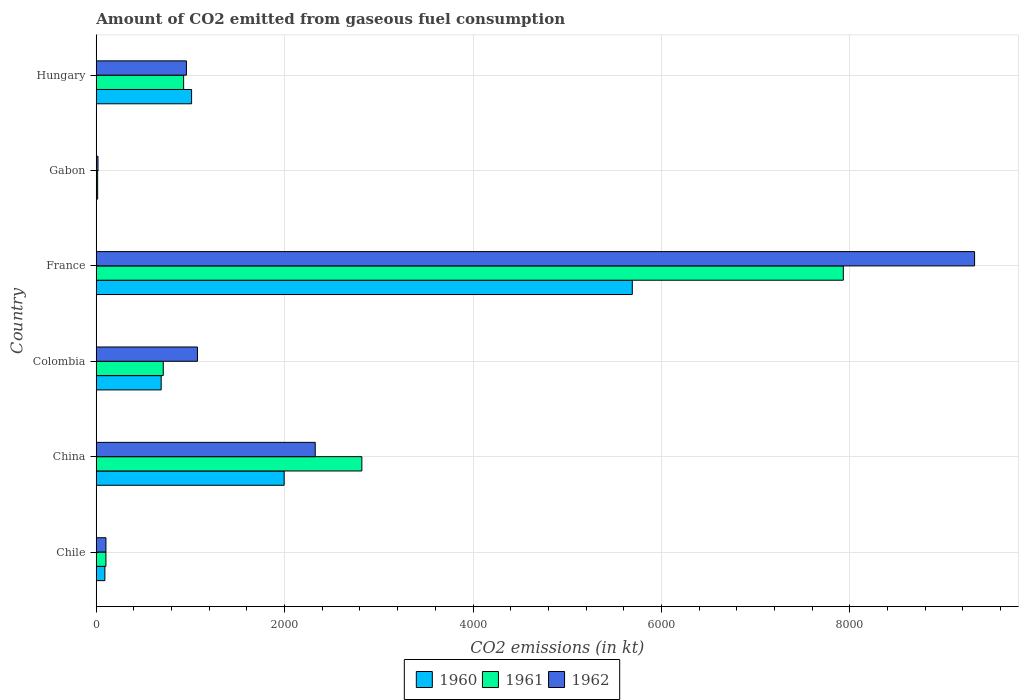
| Country | 1960 | 1961 | 1962 |
 | --- | --- | --- | --- |
 | Chile | 91.7 | 103 | 103 |
 | China | 1.99e+03 | 2.82e+03 | 2.32e+03 |
 | Colombia | 689 | 711 | 1.07e+03 |
 | France | 5.69e+03 | 7.93e+03 | 9.33e+03 |
 | Gabon | 14.7 | 14.7 | 18.3 |
 | Hungary | 1.01e+03 | 928 | 957 |